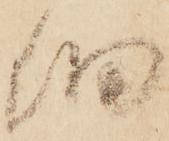
細